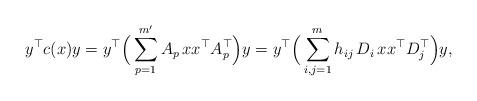
LaTeX: \begin{align*}y^\top c(x) y = y^\top \Big( \sum_{p=1}^{m'} A_p \, xx^\top A_p^\top \Big) y = y^\top \Big( \sum_{i,j=1}^m h_{ij} \,D_i\,xx^\top D_j^\top \Big) y,\end{align*}